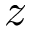
z